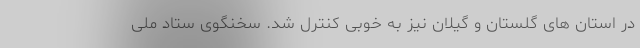
در استان های گلستان و گیلان نیز به خوبی کنترل شد. سخنگوی ستاد ملی